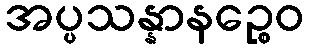
အပ္ပသန္နာနဉ္စေဝ